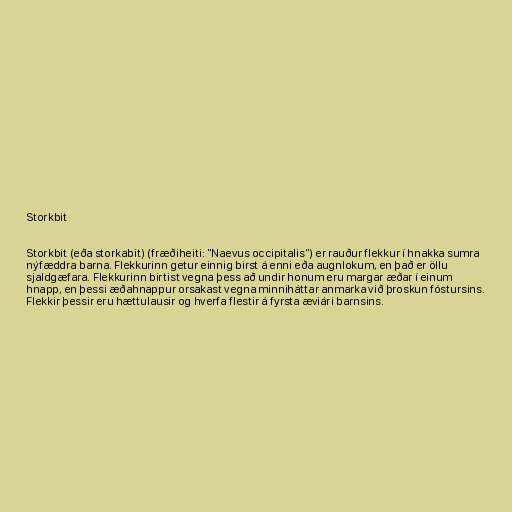
Storkbit

Storkbit (eða storkabit) (fræðiheiti: "Naevus occipitalis") er rauður flekkur í hnakka sumra
nýfæddra barna. Flekkurinn getur einnig birst á enni eða augnlokum, en það er öllu
sjaldgæfara. Flekkurinn birtist vegna þess að undir honum eru margar æðar í einum
hnapp, en þessi æðahnappur orsakast vegna minniháttar anmarka við þroskun fóstursins.
Flekkir þessir eru hættulausir og hverfa flestir á fyrsta æviári barnsins.